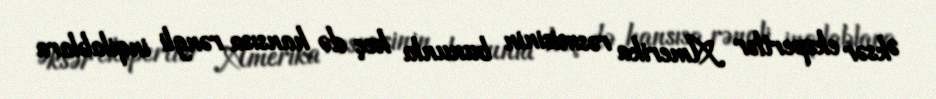
Əksər ekspertlər Amerika rəsmisinin bununla heç də hansısa rəngli inqilablara